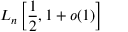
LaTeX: L _ { n } \left[ { \frac { 1 } { 2 } } , 1 + o ( 1 ) \right]